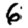
Digit: 6